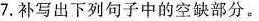
7.补写出下列句子中的空缺部分。